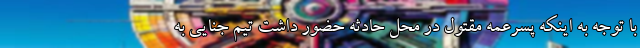
با توجه به اینکه پسرعمه مقتول در محل حادثه حضور داشت تیم جنایی به